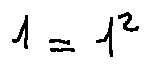
1 = 1 ^ { 2 }